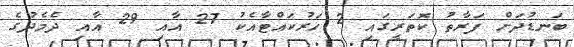
ބަނޑުދަށް ފަރާތު ކޮތަރީގައި 2 ހަރުކައްޓާއެކު 27 އާއި 29 އާއި ދެމެދުގެ